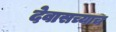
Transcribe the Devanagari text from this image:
देवासच्याच